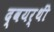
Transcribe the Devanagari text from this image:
द्वयर्थीं